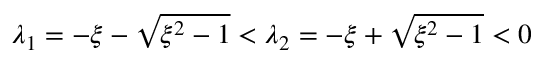
\lambda _ { 1 } = - \xi - \sqrt { \xi ^ { 2 } - 1 } < \lambda _ { 2 } = - \xi + \sqrt { \xi ^ { 2 } - 1 } < 0